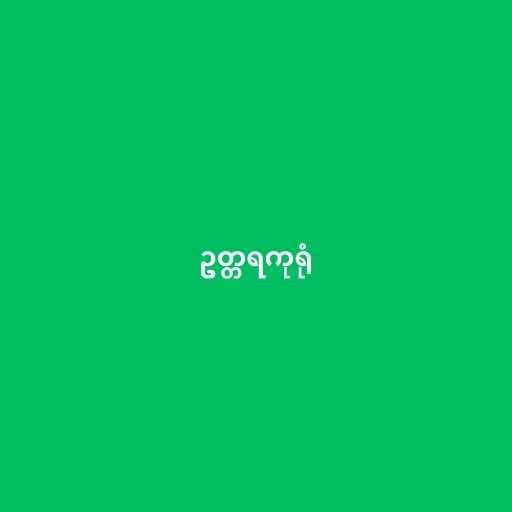
ဥတ္တရကုရုံ